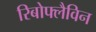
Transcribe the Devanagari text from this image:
रिबोफ्लैविन